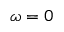
\omega = 0